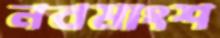
নবমাংশ